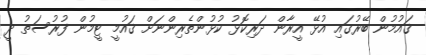
ޤައުމުން ބޭރުގައި އުޅޭ އީރާން ދަރިކޮޅު ކުޅުންތެރިންނަށް ޤައުމީ ޓީމުން ފުރުސަތު ދީ